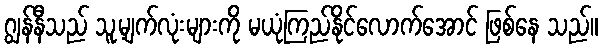
ဂျွန်နီသည် သူ့မျက်လုံးများကို မယုံကြည်နိုင်လောက်အောင် ဖြစ်နေ သည်။